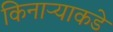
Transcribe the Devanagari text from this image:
किनाऱ्याकडे